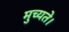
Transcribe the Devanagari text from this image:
मुच्यते।